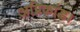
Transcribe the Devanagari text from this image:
अग्निकांड।